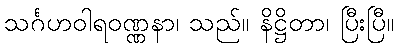
သင်္ဂဟဝါရဝဏ္ဏနာ၊ သည်။ နိဋ္ဌိတာ၊ ပြီးပြီ။